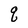
Character: q